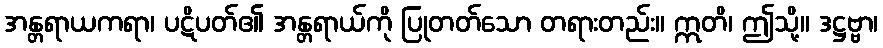
အန္တရာယကရာ၊ ပဋိပတ်၏ အန္တရာယ်ကို ပြုတတ်သော တရားတည်း။ ဣတိ၊ ဤသို့။ ဒဋ္ဌဗ္ဗာ၊